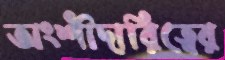
অংশীদারিত্বের